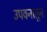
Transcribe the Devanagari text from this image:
उपवनातून